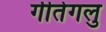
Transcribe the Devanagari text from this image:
गीतेगलु